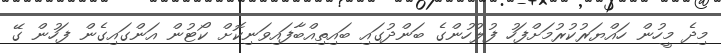
މިދެ މީހުން ހައްޔަރުކުރުމަށްފަހު ފުލުހުންގެ ބަންދުގައި ބައިތިއްބާފައިވަނިކޮށް ކޯޓުން އަންގައިގެން ފަހުން ގޭ